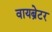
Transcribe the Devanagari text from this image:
वायब्रेटर